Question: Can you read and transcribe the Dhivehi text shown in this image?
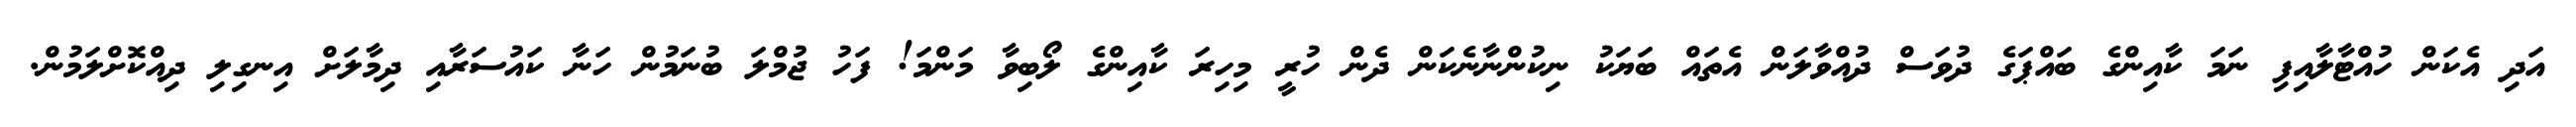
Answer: އަދި އެކަން ހުއްޓާލާއިފި ނަމަ ކާއިންގެ ބައްޕަގެ ދުވަސް ދުއްވާލަން އެތައް ބަޔަކު ނިކުންނާނެކަން ދެން ހުރީ މިހިރަ ކާއިންގެ ލޯބިވާ މަންމަ! ފަހު ޖުމްލަ ބުނަމުން ހަނާ ކައުސަރާއި ދިމާލަށް އިނގިލި ދިއްކޮށްލަމުން.